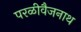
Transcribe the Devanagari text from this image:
परळीवैजनाथ